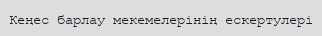
Кеңес барлау мекемелерінің ескертулері